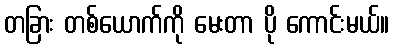
တခြား တစ်ယောက်ကို မေးတာ ပို ကောင်းမယ်။